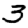
Digit: 3